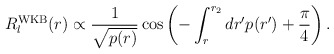
\begin{align*}R_{l}^{\rm WKB}(r) \propto \frac{1}{\sqrt{p(r)}} \cos \left( -\int_{r}^{r_{2}} dr' p(r') + \frac{\pi}{4} \right).\end{align*}